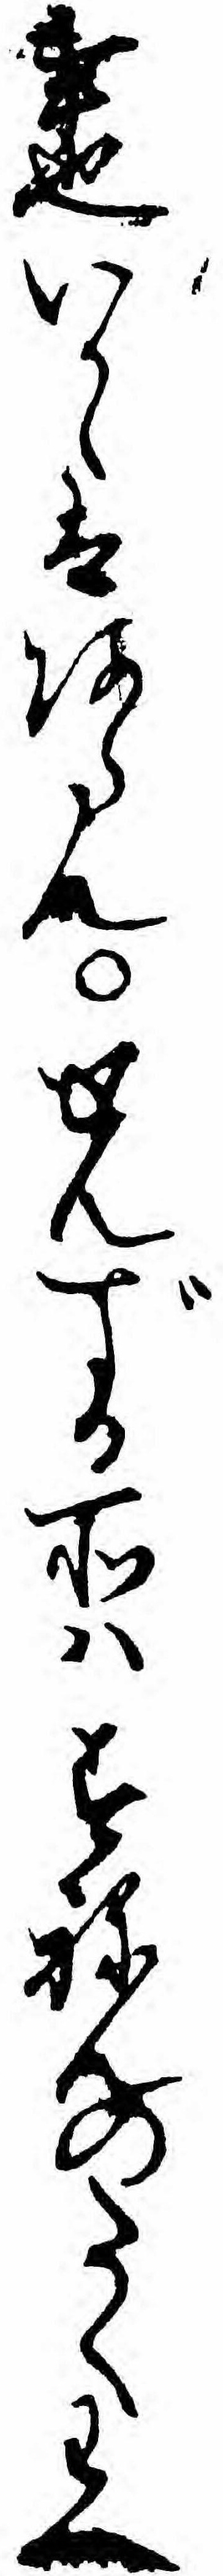
事也いかゝはあらんせんずる所ハすねんのたくわへ